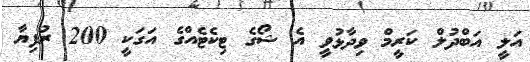
އަލީ އަބްދުލް ކަރީމް ވިދާޅުވީ އެ ޝޯގެ ޓިކެޓެއްގެ އަގަކީ 200 ރުފިޔާ